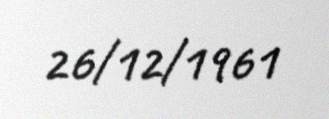
26/12/1961